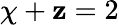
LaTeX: \chi+\mathbf{z}=2